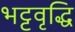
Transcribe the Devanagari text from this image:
भट्टवृद्धि